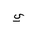
Letter: _ya